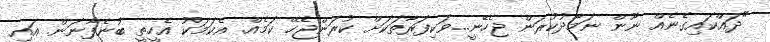
"ދައްކައިގެނެއް ނޫން ނަމާދުކުރަން ޖެހޭނީ...ވަކިފަރާތަކަށް ކުރަންޖެހޭ ކަމެއް. އެކަމަކު އެހީތީ ބުނެފާނަން. އައި